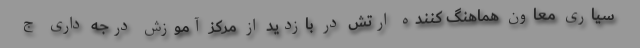
سیاری معاون هماهنگ کننده ارتش در بازدید از مرکز آموزش درجه داری ج